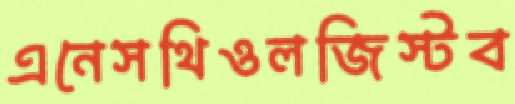
এনেসথিওলজিস্টব